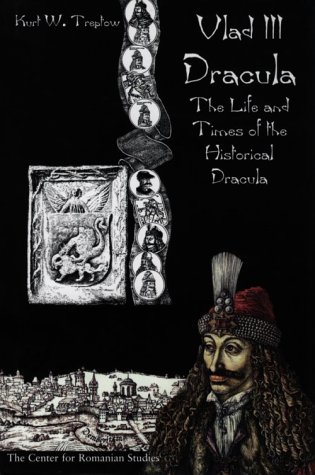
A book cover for Vlad III Dracula: The Life and Times of the Historical Dracula; Kurt W. Treptow; History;